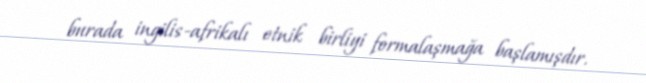
burada ingilis-afrikalı etnik birliyi formalaşmağa başlamışdır.